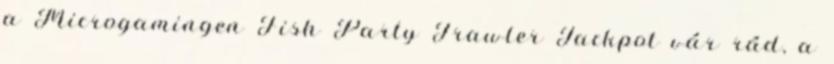
a Microgamingen Fish Party Trawler Jackpot vár rád, a